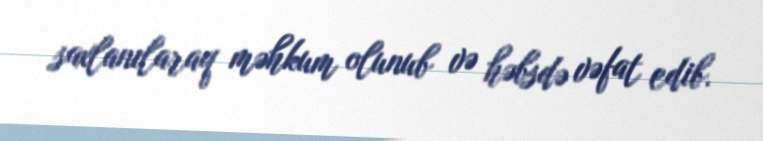
saxlanılaraq məhkum olunub və həbsdə vəfat edib.